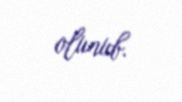
olunub.